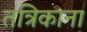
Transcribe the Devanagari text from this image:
तंत्रिकाना